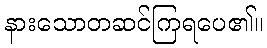
နားသောတဆင်ကြရပေ၏။